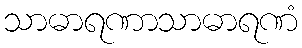
သာဓာရဏာသာဓာရဏံ